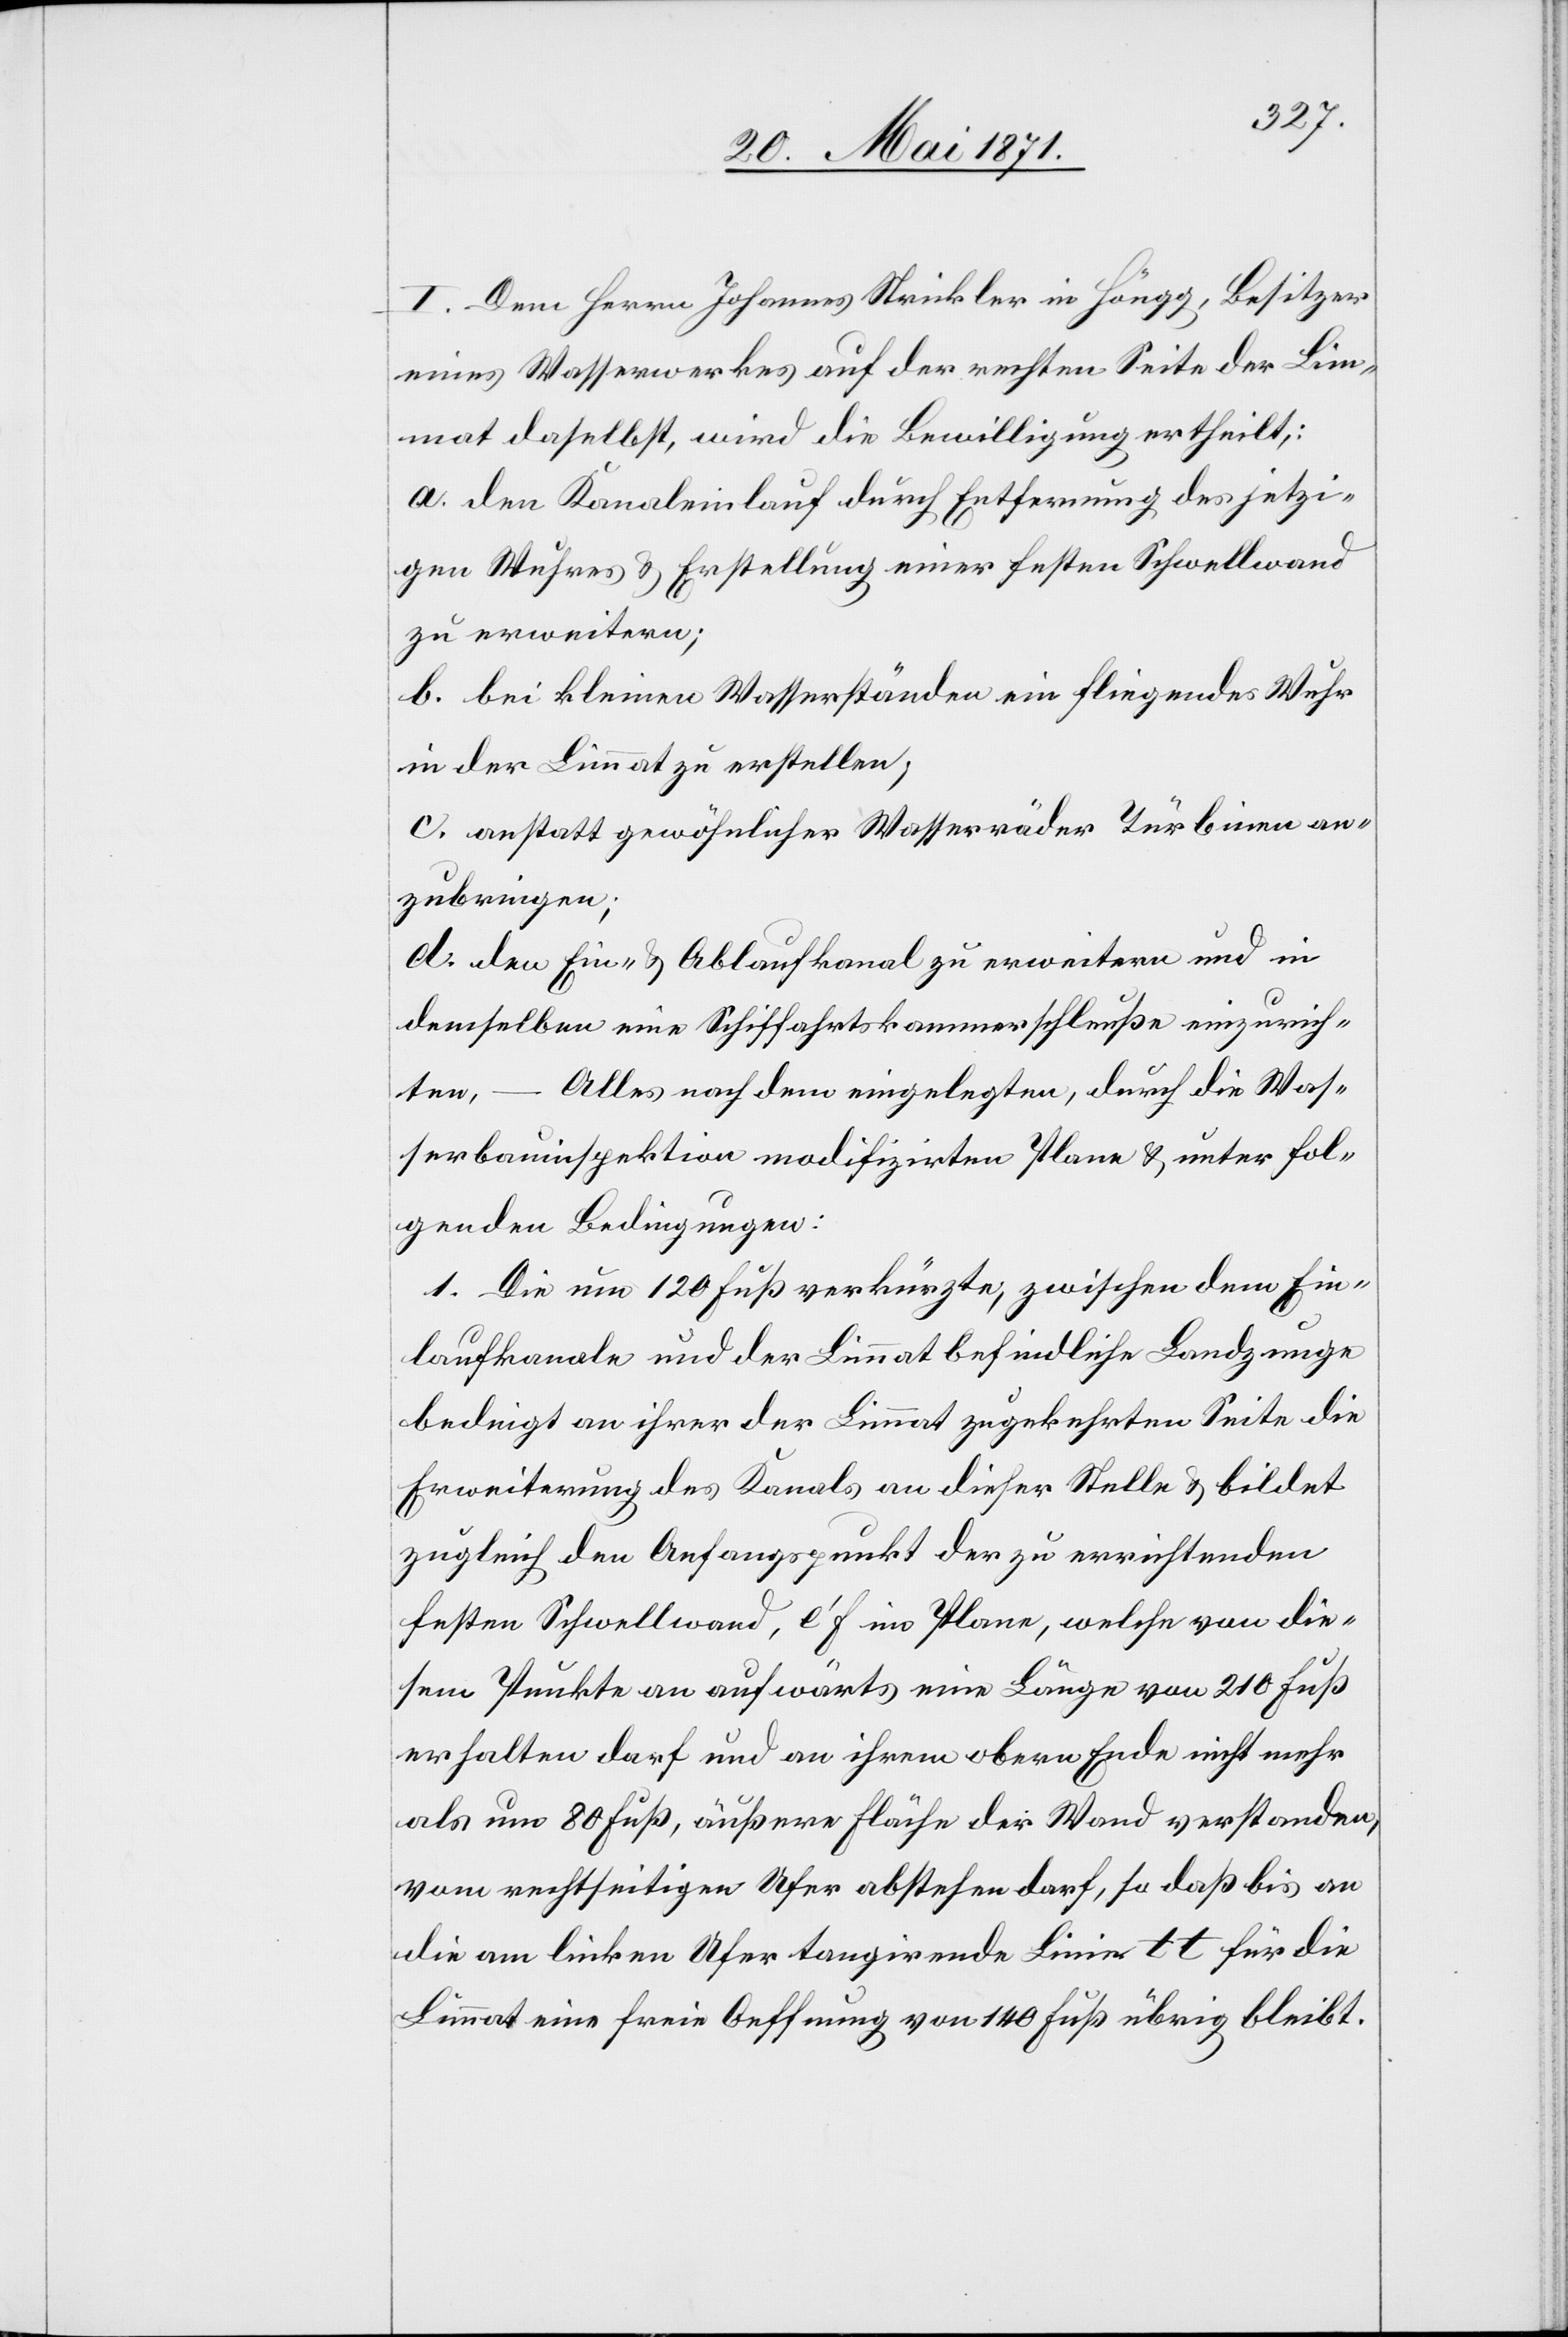
I. Dem Herrn Johannes Strickler in Höngg, Besitzer
eines Wasserwerkes auf der rechten Seite der Lim¬
mat daselbst, wird die Bewilligung ertheilt,:
a. den Kanaleinlauf durch Entfernung des jetzi¬
gen Wuhres u. Erstellung einer festen Schwellwand
zu erweitern;
b. bei kleinen Wasserständen ein fliegendes Wuhr
in der Limmat zu erstellen;
c. anstatt gewöhnlicher Wasserräder Turbinen an¬
zubringen;
d. den Ein- u. Ablaufkanal zu erweitern und in
demselben eine Schiffahrtskammerschleuße einzurich¬
Alles nach dem eingelegten, durch die Was¬
ten,
serbauinspektion modifizirten Plane u. unter fol¬
genden Bedingungen:
1. Die um 120 Fuß verkürzte, zwischen dem Ein¬
laufkanale und der Limmat befindliche Landzunge
bedingt an ihrer der Limmat zugekehrten Seite die
Erweiterung des Kanals an dieser Stelle u. bildet
zugleich den Anfangspunkt der zu errichtenden
festen Schwellwand, e‘ F im Plane, welche von die¬
sem Punkte an aufwärts eine Länge von 210 Fuß
erhalten darf und an ihrem obern Ende nicht mehr
als um 80 Fuß, äußere Fläche der Wand verstanden,
vom rechtseitigen Ufer abstehen darf, so daß bis an
die am linken Ufer tangirende Linie tt für die
Limmat eine freie Oeffnung von 140 Fuß übrig bleibt.